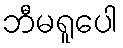
ဘီမရူပေါ